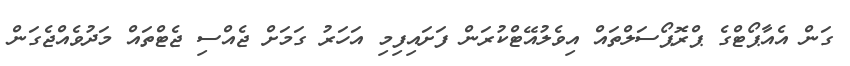
ގަން އެއާޕޯޓްގެ ޕްރޮޕޯސަލްތައް އިވެލުއޭޓްކުރަން ފަށައިފިމި އަހަރު ގަމަށް ޖެއްސި ޖެޓްތައް މަދުވެއްޖެގަން